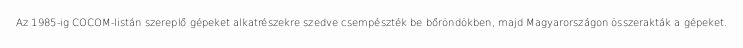
Az 1985-ig COCOM-listán szereplő gépeket alkatrészekre szedve csempészték be bőröndökben, majd Magyarországon összerakták a gépeket.